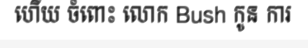
ហើយ ចំពោះ លោក Bush កូន ការ